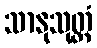
သာနုသုတ္တံ